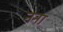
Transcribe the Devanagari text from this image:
नना